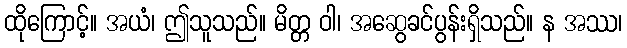
ထိုကြောင့်။ အယံ၊ ဤသူသည်။ မိတ္တ ဝါ၊ အဆွေခင်ပွန်းရှိသည်။ န အဿ၊